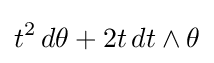
t^{2}\,d\theta +2t\,dt\wedge \theta